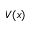
V ( x )